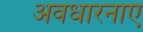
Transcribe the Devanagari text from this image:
अवधारनाए